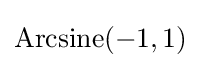
{\rm {Arcsine}}(-1,1)